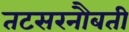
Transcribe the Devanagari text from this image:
तटसरनौबती